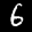
Label: 6